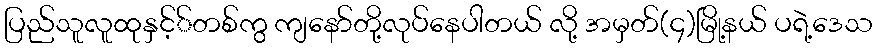
ပြည်သူလူထုနှင့််တစ်ကွ ကျနော်တို့လုပ်နေပါတယ် လို့ အမှတ်(၄)မြို့နယ် ပရဲ့ဒေသ